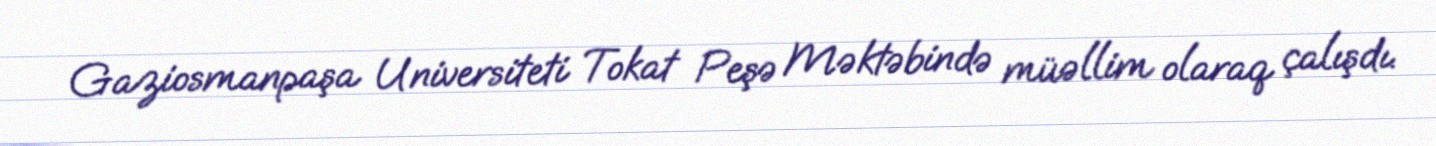
Gaziosmanpaşa Universiteti Tokat Peşə Məktəbində müəllim olaraq çalışdı.